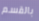
بالقسم